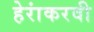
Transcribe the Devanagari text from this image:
हेरांकरवी